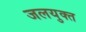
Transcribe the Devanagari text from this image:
जलयुक्‍त